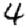
Digit: 4